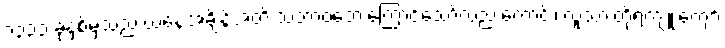
၁၃၃၃ ခုနှစ်မှသည် ယနေ့အချိန်အထိ သဘာဝဘေးကြောင့်သော်လည်းကောင်း၊ လူသားတို့ရဲ့ကျူးကျော်